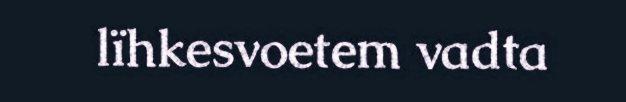
lïhkesvoetem vadta